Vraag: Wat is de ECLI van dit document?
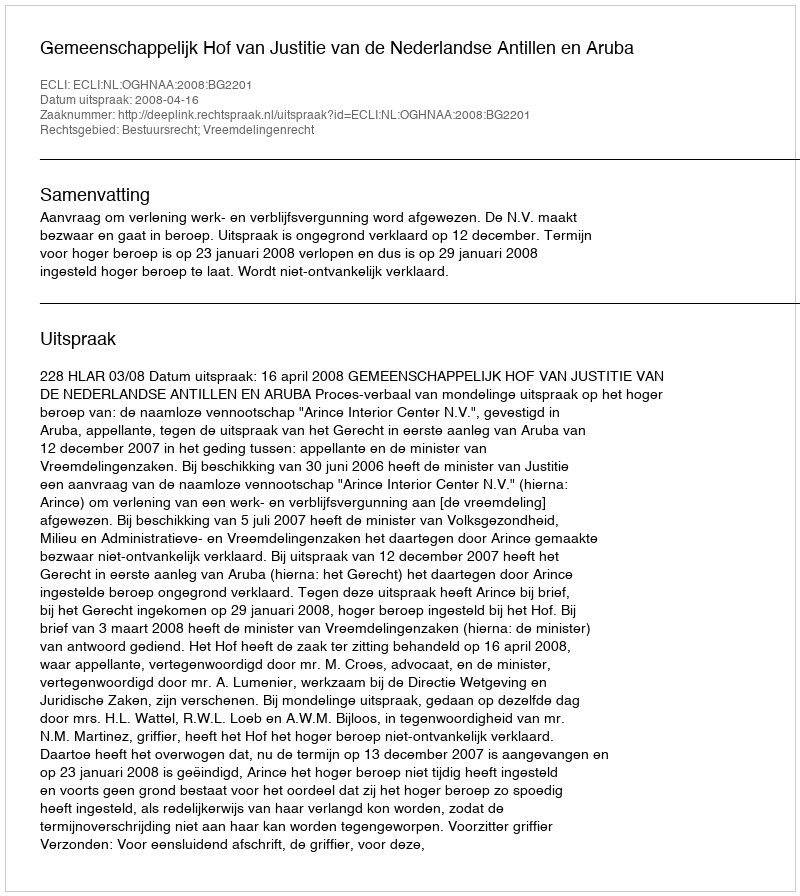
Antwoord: ECLI:NL:OGHNAA:2008:BG2201